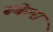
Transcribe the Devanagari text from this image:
रूबेल्स